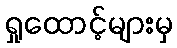
ရှုထောင့်များမှ